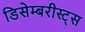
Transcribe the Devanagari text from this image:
डिसेम्बरीस्ट्स